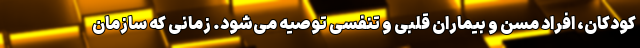
کودکان، افراد مسن و بیماران قلبی و تنفسی توصیه می‌شود. زمانی که سازمان